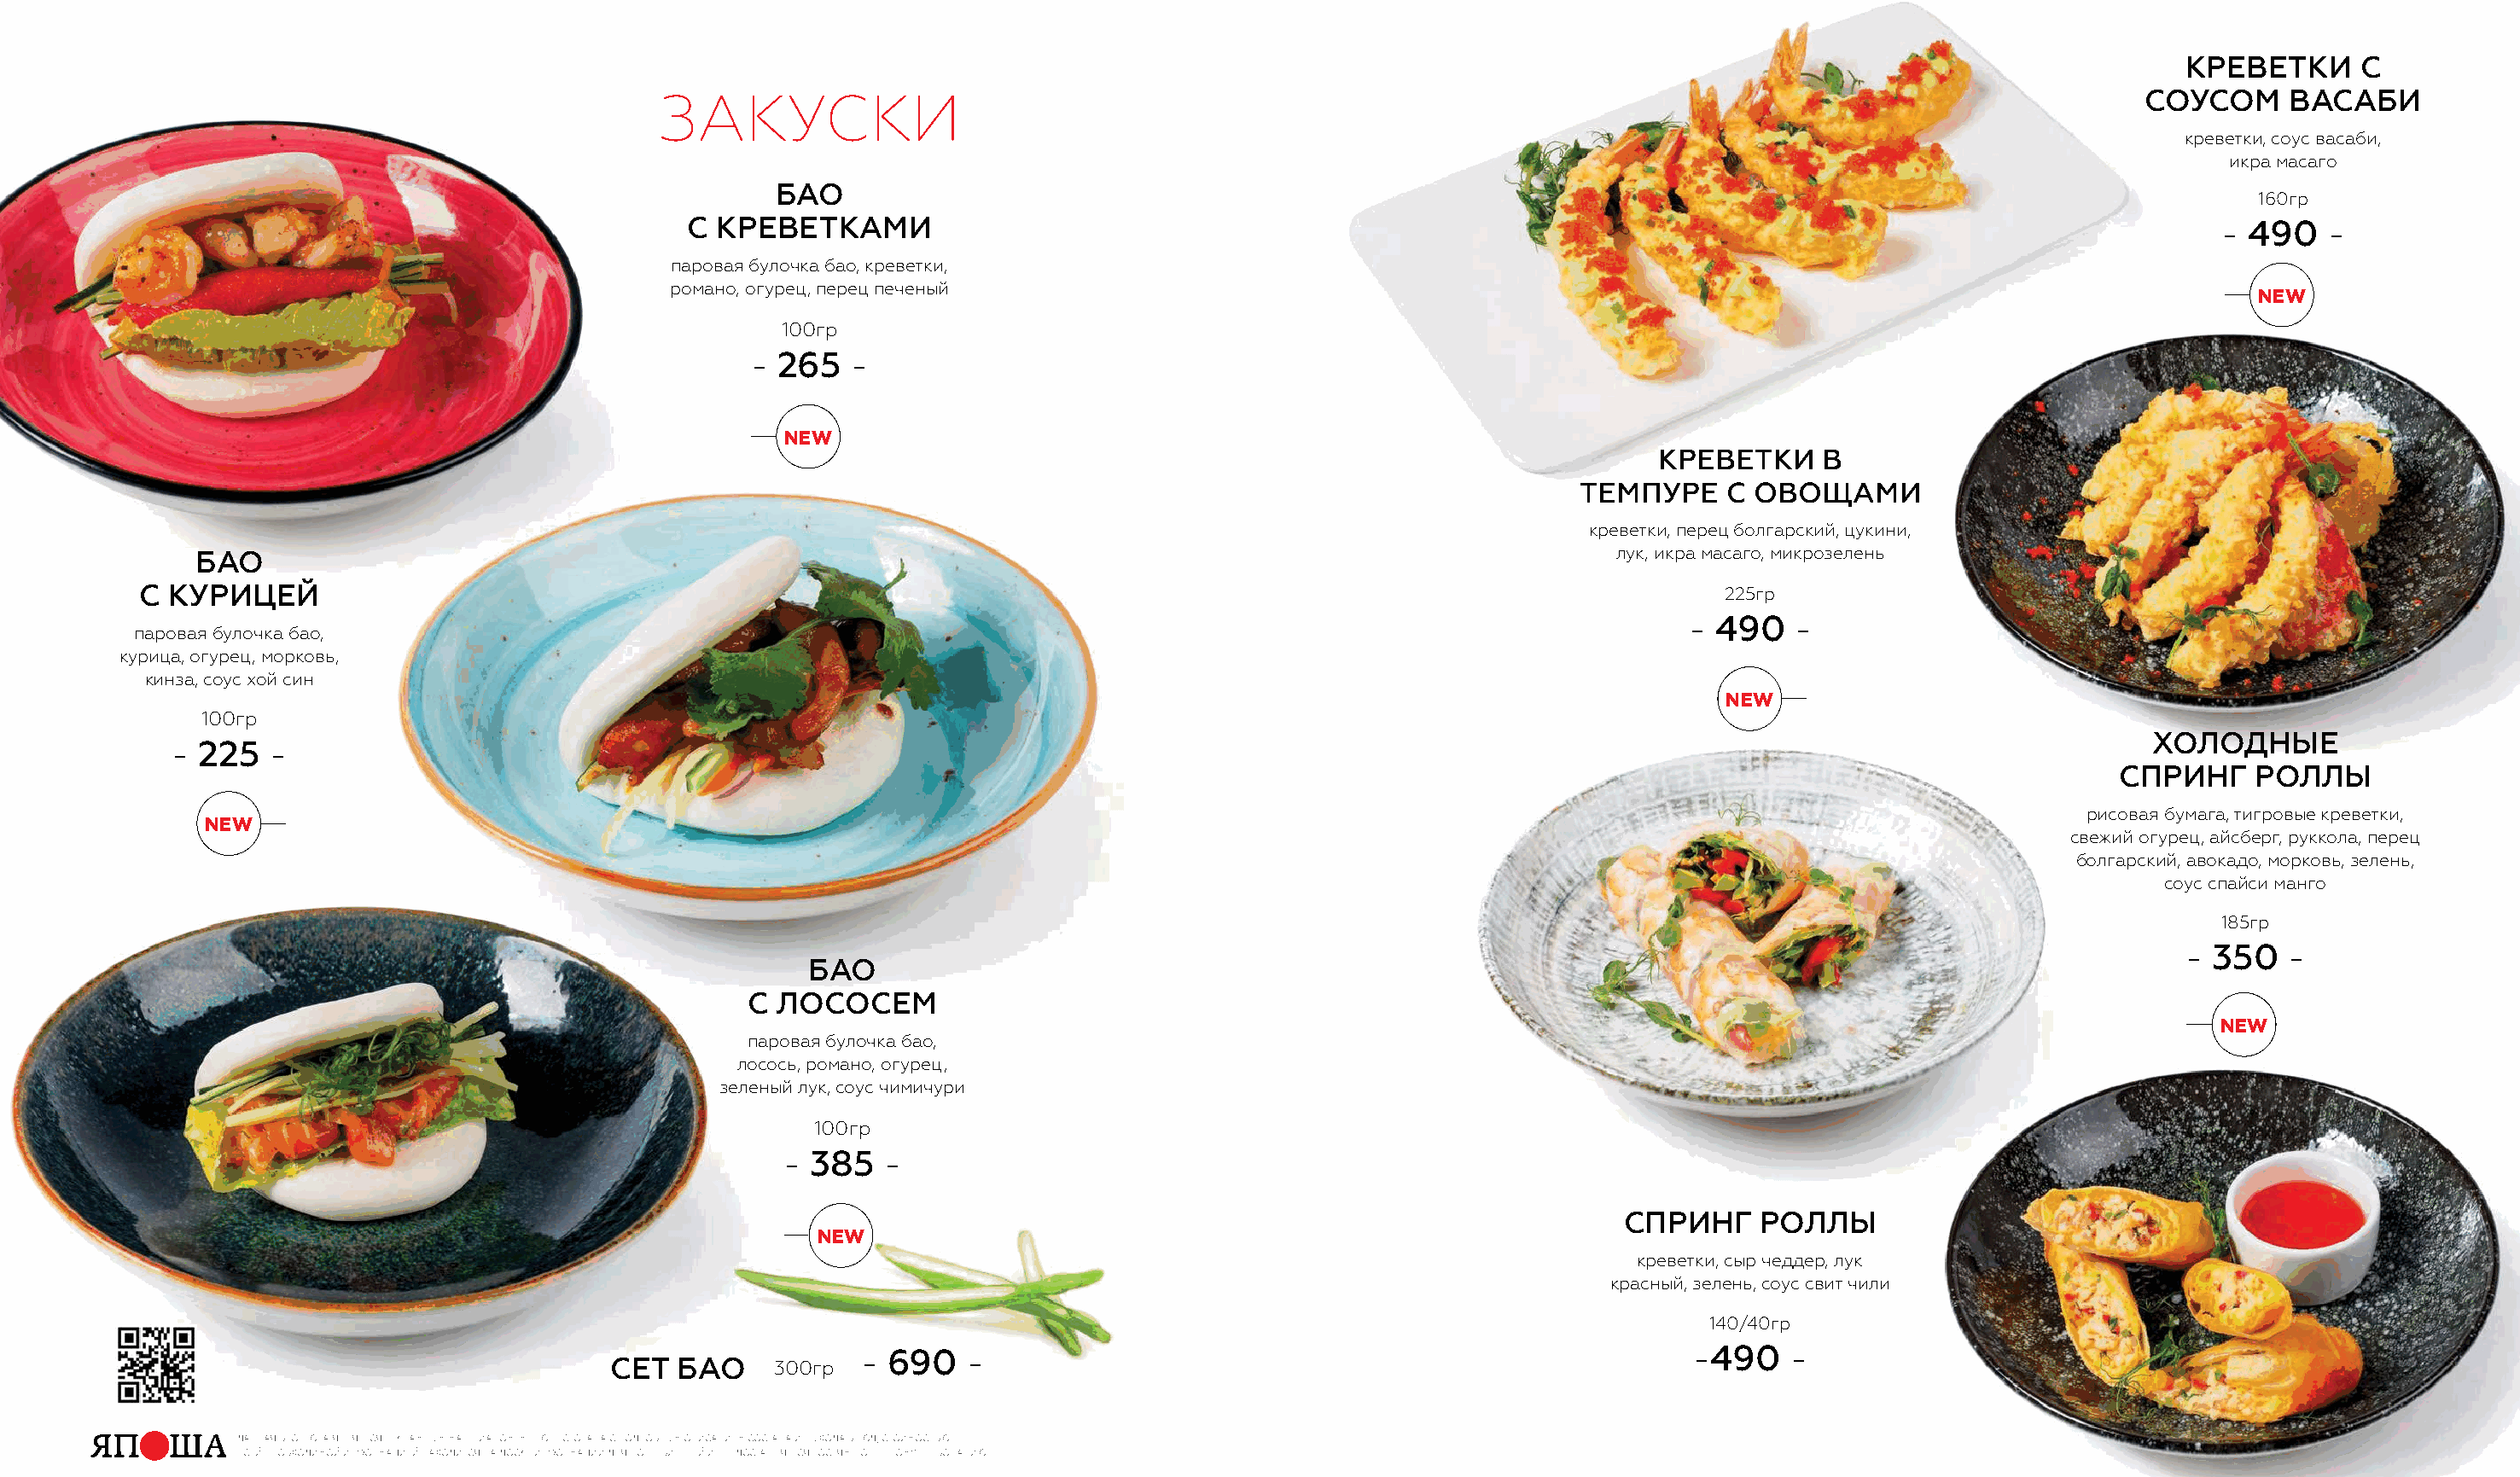
кРЕвЕТкИ     С
 закУСки                                                                                                            СОУСОм      вАСАБИ
 креветки, соус васаби,
 икра масаго
 БАО
 160гр
 С  кРЕвЕТкАмИ                                                                                                          - 490    -
 паровая булочка бао, креветки,
 романо, огурец, перец печеный
 new
 100гр
 - 265   -
 new
 кРЕвЕТкИ    в
 ТЕмПУРЕ    С ОвОщАмИ
 креветки, перец болгарский, цукини,
 БАО                                                                                                           лук, икра масаго, микрозелень
 С кУРИЦЕЙ                                                                                                                  225гр
 - 490   -
 паровая булочка бао,
 курица, огурец, морковь,
 кинза, соус хой син
 new
 100гр
 ХОЛОднЫЕ
 - 225   -
 СПРИнг     РОЛЛЫ
 рисовая бумага, тигровые креветки,
 new
 свежий огурец, айсберг, руккола, перец
 болгарский, авокадо, морковь, зелень,
 соус спайси манго
 185гр
 - 350   -
 БАО
 С ЛОСОСЕм
 new
 паровая булочка бао,
 лосось, романо, огурец,
 зеленый лук, соус чимичури
 100гр
 - 385   -
 СПРИнг    РОЛЛЫ
 new
 креветки, сыр чеддер, лук
 красный, зелень, соус свит чили
 140/40гр
 - 690   -                                                       -490    -
 СЕТ   БАО    300гр
 Данная брошюра является рекламным материалом. меню ресторана с поДробным описанием состава и выхоДа блюД, стоимостью
 всей необхоДимой информацией нахоДится на Доске информации Для потребителей и преДоставляется гостям по первому требованию